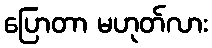
ပြောတာ မဟုတ်လား